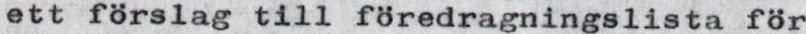
ett förslag till föredragningslista för